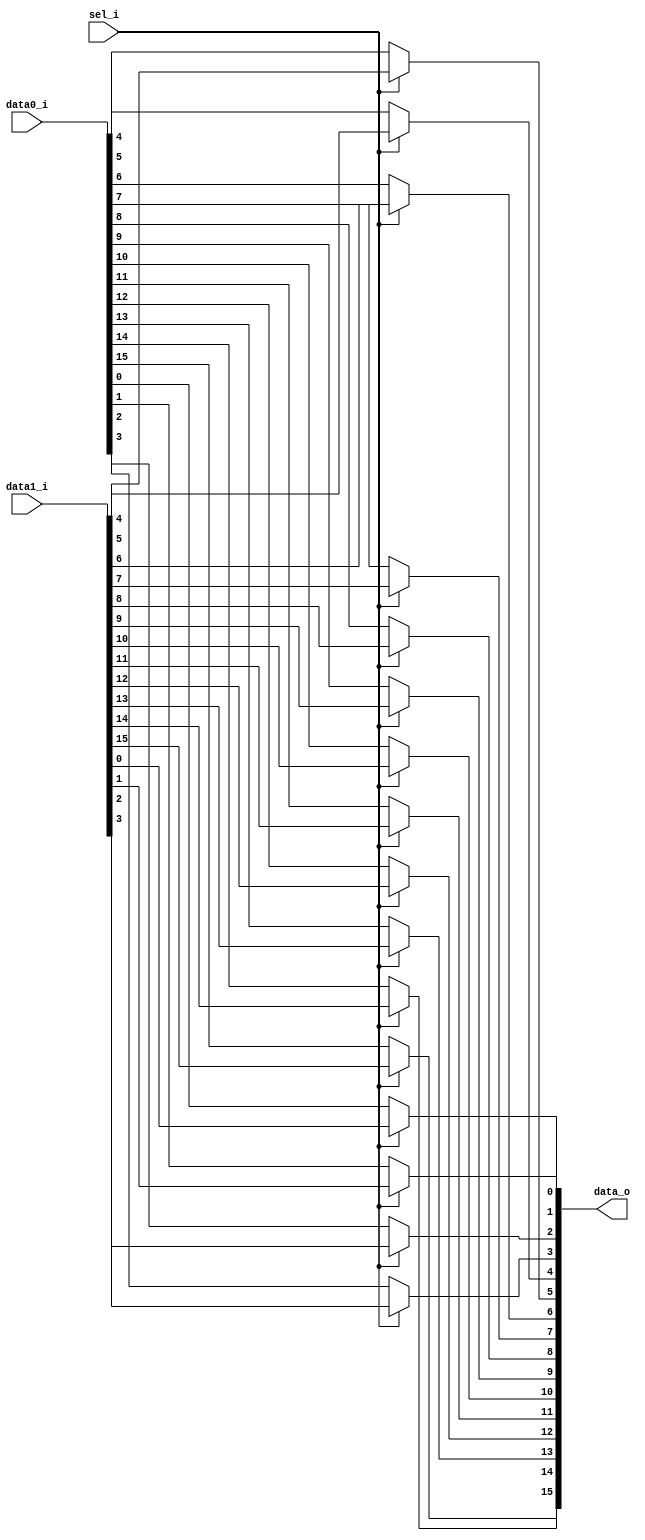
/* Generated by Yosys 0.27+9 (git sha1 101d19bb6, gcc 11.2.0-7ubuntu2 -fPIC -Os) */

(* top =  1  *)

module bsg_mux_segmented(data0_i, data1_i, sel_i, data_o);
  
  input [15:0] data0_i;
  wire [15:0] data0_i;
  
  input [15:0] data1_i;
  wire [15:0] data1_i;
  
  output [15:0] data_o;
  wire [15:0] data_o;
  
  input sel_i;
  wire sel_i;
  assign data_o[4] = sel_i ? data1_i[4] : data0_i[4];
  assign data_o[5] = sel_i ? data1_i[5] : data0_i[5];
  assign data_o[6] = sel_i ? data1_i[6] : data0_i[6];
  assign data_o[7] = sel_i ? data1_i[7] : data0_i[7];
  assign data_o[8] = sel_i ? data1_i[8] : data0_i[8];
  assign data_o[9] = sel_i ? data1_i[9] : data0_i[9];
  assign data_o[10] = sel_i ? data1_i[10] : data0_i[10];
  assign data_o[11] = sel_i ? data1_i[11] : data0_i[11];
  assign data_o[12] = sel_i ? data1_i[12] : data0_i[12];
  assign data_o[13] = sel_i ? data1_i[13] : data0_i[13];
  assign data_o[14] = sel_i ? data1_i[14] : data0_i[14];
  assign data_o[15] = sel_i ? data1_i[15] : data0_i[15];
  assign data_o[0] = sel_i ? data1_i[0] : data0_i[0];
  assign data_o[1] = sel_i ? data1_i[1] : data0_i[1];
  assign data_o[2] = sel_i ? data1_i[2] : data0_i[2];
  assign data_o[3] = sel_i ? data1_i[3] : data0_i[3];
endmodule